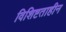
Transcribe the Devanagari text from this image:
विशिष्टताहीन